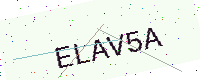
Text: ELAV5A